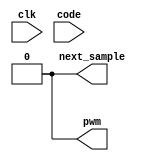
module dac #(
    parameter CYCLES_PER_WINDOW = 1024,
    parameter CODE_WIDTH = $clog2(CYCLES_PER_WINDOW)
)(
    input clk,
    input [CODE_WIDTH-1:0] code,
    output next_sample,
    output pwm
);
    assign pwm = 0;
    assign next_sample = 0;
endmodule